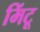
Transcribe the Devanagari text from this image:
मिंटू